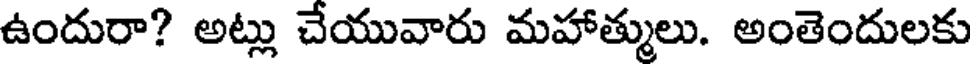
ఉందురా? అట్లు చేయువారు మహాత్ములు. అంతెందులకు